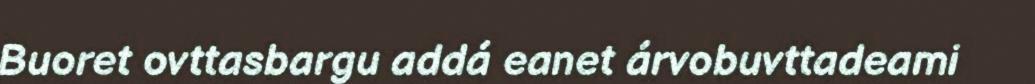
Buoret ovttasbargu addá eanet árvobuvttadeami